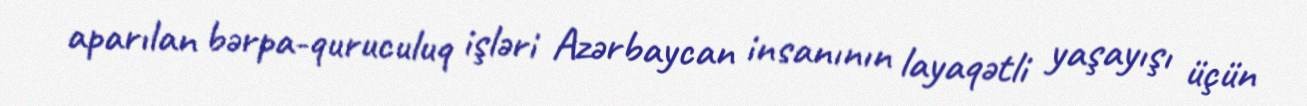
aparılan bərpa-quruculuq işləri Azərbaycan insanının layaqətli yaşayışı üçün